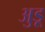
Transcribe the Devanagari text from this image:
अुडू